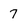
Character: 7